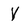
Character: Y